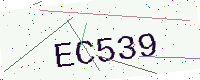
Text: EC539